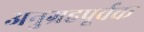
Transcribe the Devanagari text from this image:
अनुग्रहपूर्वक